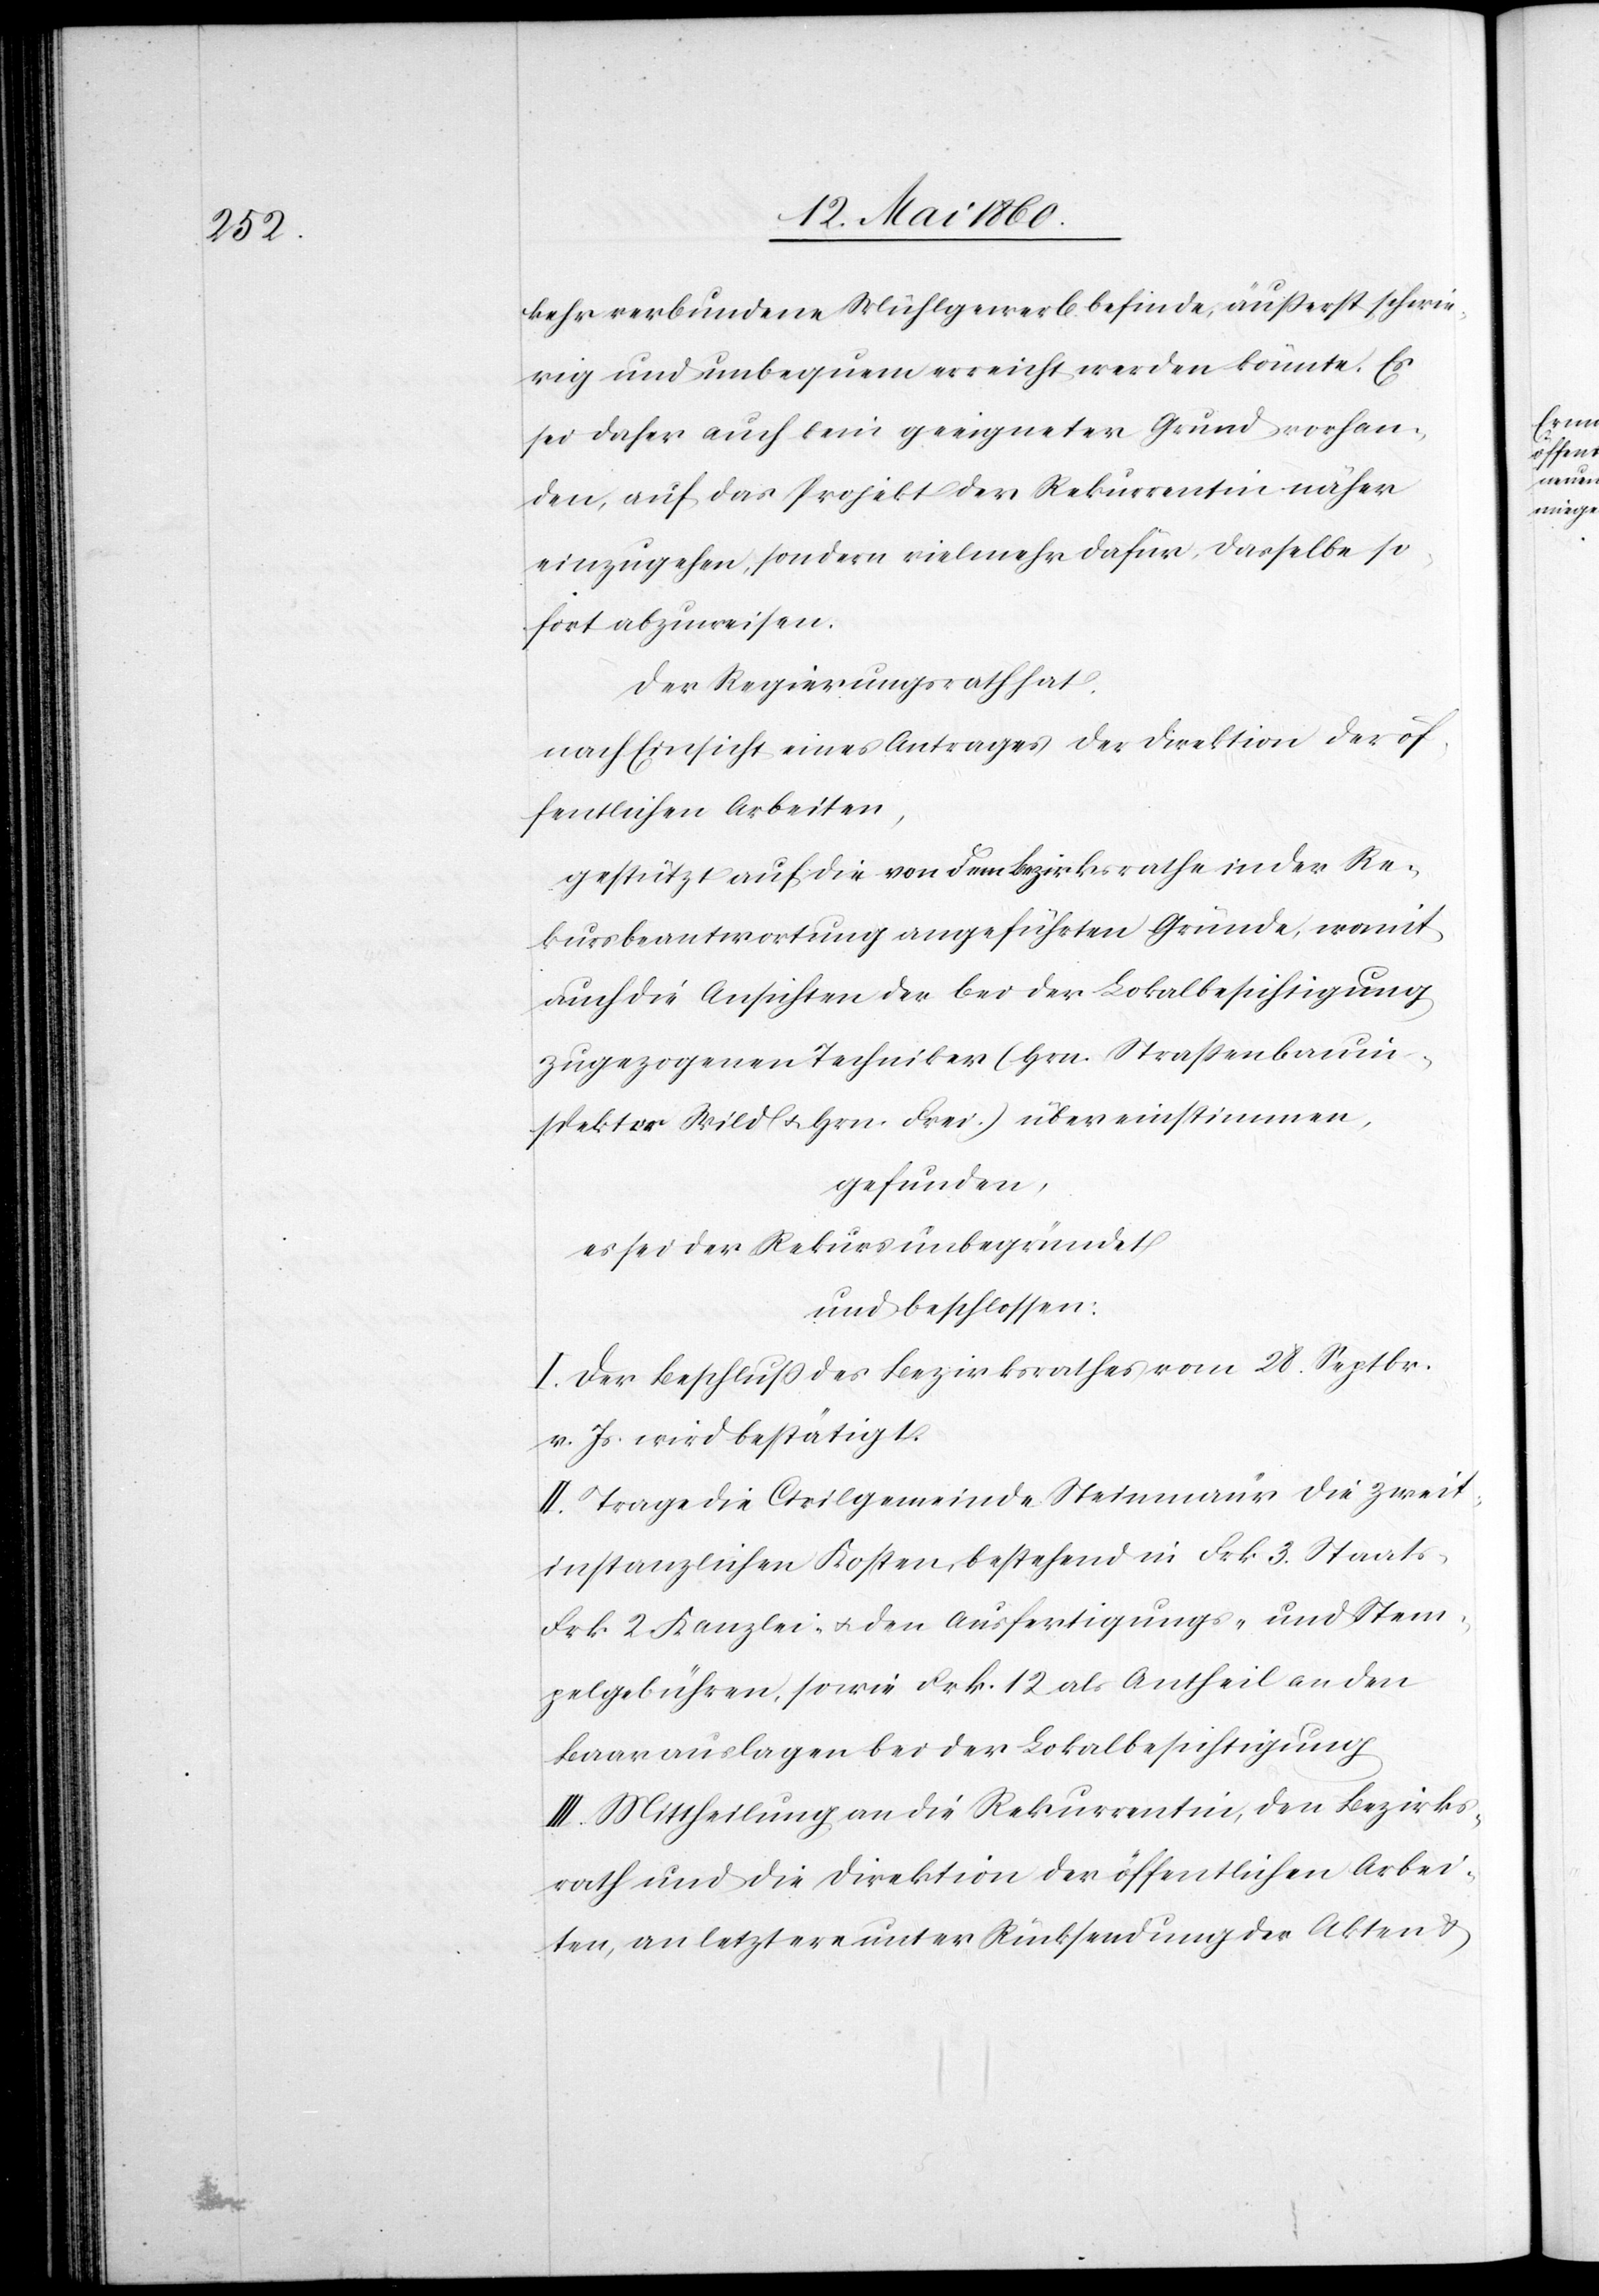
kehr verbundene Mühlegewerb befinde, äusserst schwie¬
rig und unbequem erreicht werden könnte. Es
sei daher auch kein geeigneter Grund vorhan¬
den, auf das Projekt der Rekurrentin näher
einzugehen, sondern vielmehr dafür, dasselbe so¬
fort abzuweisen.
Der Regierungsrath hat,
nach Einsicht eines Antrages der Direktion der öf¬
fentlichen Arbeiten,
gestützt auf die von dem Bezirksrathe in der Re¬
kursbeantwortung angeführten Gründe, womit
auch die Ansichten der bei der Lokalbesichtigung
zugezogenen Techniker (Hrn. Strassenbauin¬
spektor Wild u. Hrn. Frei.) übereinstimmen,
gefunden,
es sei der Rekurs unbegründet
und beschlossen:
I. Der Beschluss des Bezirksrathes vom 28. Septbr.
v. Js. wird bestätigt.
II. Trage die Civilgemeinde Steinmaur die Zweit¬
instanzlichen Kosten, bestehend in Frk. 3 Staats-
Frk. 2 Kanzlei- u. den Ausfertigungs- u. Stem¬
pelgebühren, sowie Frk. 12 als Antheil an den
Baarauslagen bei der Lokalbesichtigung.
III. Mittheilung an die Rekurrentin, den Bezirks¬
rath und die Direktion der öffentlichen Arbei¬
ten, an letztere unter Rücksendung der Akten u.